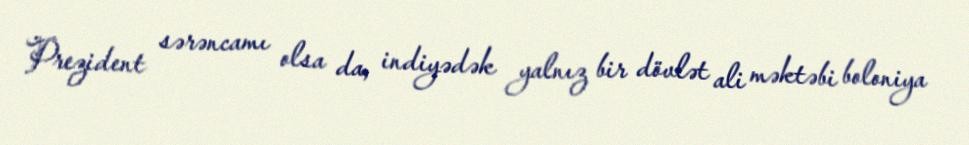
Prezident sərəncamı olsa da, indiyədək yalnız bir dövlət ali məktəbi boloniya